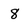
Character: 8